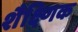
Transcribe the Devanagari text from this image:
शैक्ष्णिक